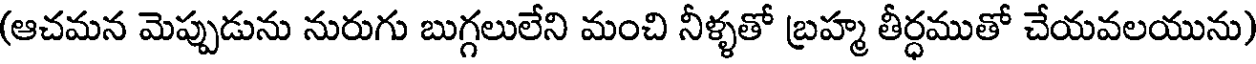
(ఆచమన మెప్పుడును నురుగు బుగ్గలులేని మంచి నీళ్ళతో బ్రహ్మ తీర్ధముతో చేయవలయును)